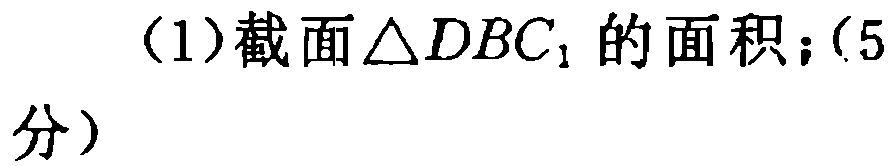
(1)截面\(\triangle DBC_{1}\)的面积；(5分)